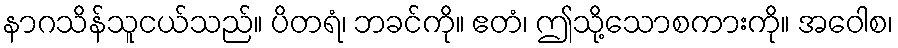
နာဂသိန်သူငယ်သည်။ ပိတရံ၊ ဘခင်ကို။ ဧတံ၊ ဤသို့သောစကားကို။ အဝေါစ၊